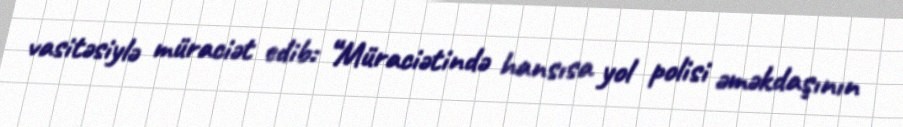
vasitəsiylə müraciət edib: “Müraciətində hansısa yol polisi əməkdaşının